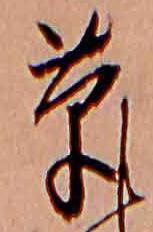
草